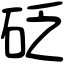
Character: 砭